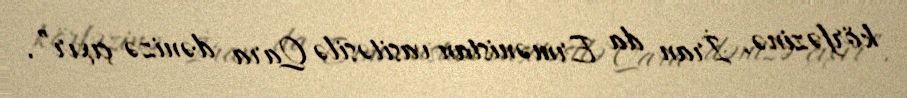
körfəzinə, İran da Ermənistan vasitəsilə Qara dənizə çıxır”.